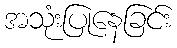
အသုံးပြုနေခြင်း